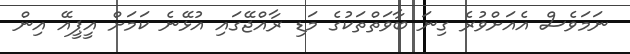
ނަމަވެސް އެއަށްވުރެ ގިނަ ބާވަތްތަކުގެ މަޑި ރާއްޖޭގައި އުޅޭނެ ކަމަށް އީޕީއޭ އިން